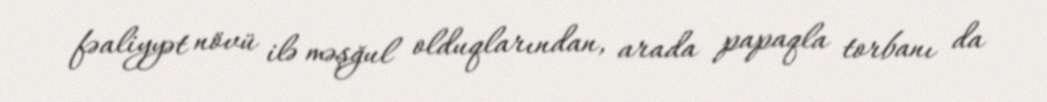
fəaliyyət növü ilə məşğul olduqlarından, arada papaqla torbanı da